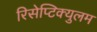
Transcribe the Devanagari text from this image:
रिसेप्टिक्युलम